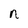
Character: n